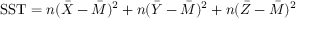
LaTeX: { \mathrm { S S T } } = n ( { \bar { X } } - { \bar { M } } ) ^ { 2 } + n ( { \bar { Y } } - { \bar { M } } ) ^ { 2 } + n ( { \bar { Z } } - { \bar { M } } ) ^ { 2 }